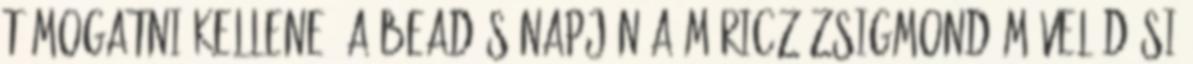
támogatni kellene. A beadás napján a Móricz Zsigmond Művelődési